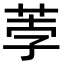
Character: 荸